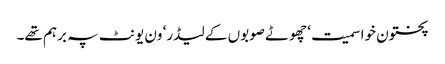
پختون خوا سمیت‘ چھوٹے صوبوں کے لیڈر‘ ون یونٹ پہ برہم تھے۔